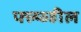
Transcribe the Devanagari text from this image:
फ्ल्य्व्हील